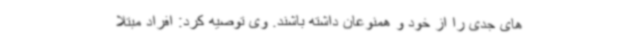
های جدی را از خود و همنوعان داشته باشند. وی توصیه کرد: افراد مبتلا